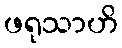
ဖရုသာဟိ